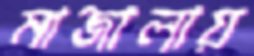
মাজালায়